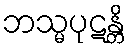
ဘသ္မပုဋန္တိ